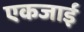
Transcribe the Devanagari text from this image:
एकजाई